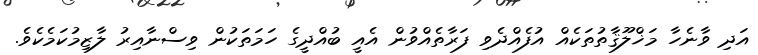
އަދި ވާނެހާ މަޚްލޫޤާތުތަކެއް އުފެއްދެވި ފަރާތެއްވުން އެއީ ބުއްދީގެ ހަމަތަކުން ވިސްނާއިރު ލާޒިމުކަމެކެވެ.